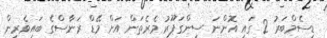
ޑިސެމްބަރު 2 ގައި އޮންނަ ސިންގަޕޫރު މެރެތަން އަށް މޭޑް ރަނާސްގެ ބައިވެރިން